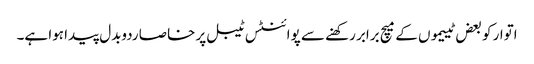
اتوار کو بعض ٹییموں کے میچ برابر رکھنے سے پوائنٹس ٹیبل پر خاصا ردوبدل پیدا ہوا ہے۔